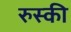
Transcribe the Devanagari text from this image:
रुस्की